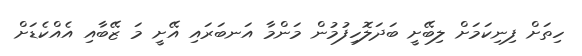
ހިތަށް ފިނިކަމަށް ލިބޭށީ ބަދަލޮހިފުމުން މަންމާ އަނބަރައި އޭށީ މަ ޒޭބާއި އެއްކެޑަށް